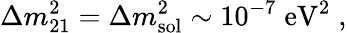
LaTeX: \Delta m_{21}^{2}=\Delta m_{\mathrm{sol}}^{2}\sim 10^{-7}\; \mathrm{eV}^{2}\; ,